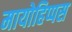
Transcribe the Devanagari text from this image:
मायोहिप्पस